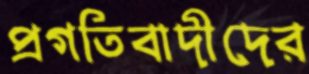
প্রগতিবাদীদের